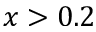
x > 0 . 2